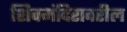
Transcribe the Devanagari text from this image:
शिवमंदिरावरील